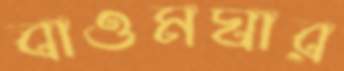
বাওমঘার